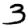
Digit: 3